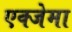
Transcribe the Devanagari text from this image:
एक्जेमा